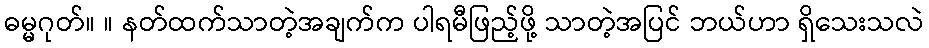
ဓမ္မဂုတ်။ ။ နတ်ထက်သာတဲ့အချက်က ပါရမီဖြည့်ဖို့ သာတဲ့အပြင် ဘယ်ဟာ ရှိသေးသလဲ